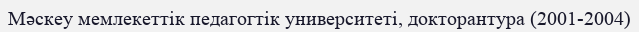
Мәскеу мемлекеттік педагогтік университеті, докторантура (2001-2004)